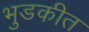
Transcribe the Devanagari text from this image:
भुडकीत